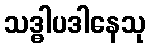
သဒ္ဓါပဒါနေသု